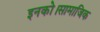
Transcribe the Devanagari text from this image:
इनको।सामाजिक